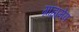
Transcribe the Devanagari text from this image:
ग्राह्यमेव